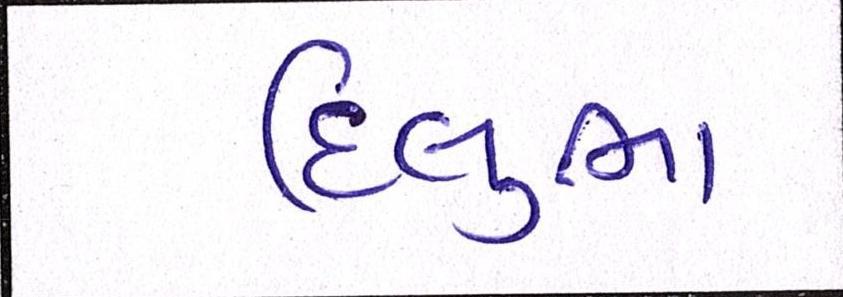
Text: દિલુભા